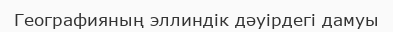
Географияның эллиндік дәуірдегі дамуы